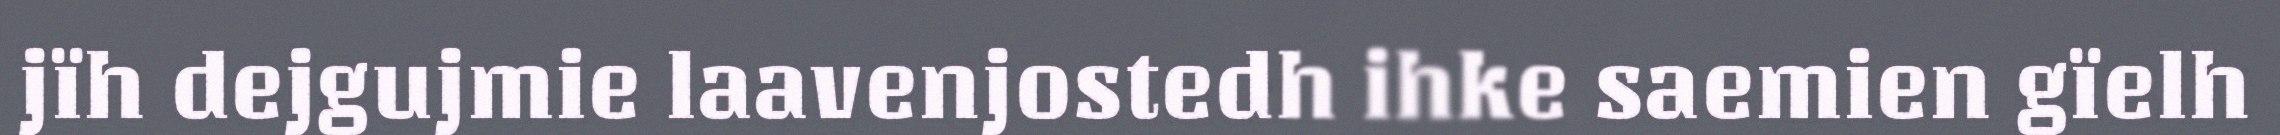
jïh dejgujmie laavenjostedh ihke saemien gïelh